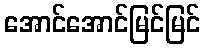
အောင်အောင်မြင်မြင်